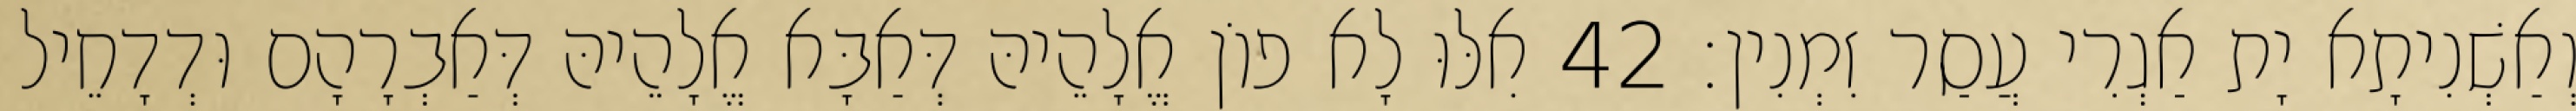
וְאַשְׁנִיתָא יָת אַגְרִי עֲסַר זִמְנִין׃ 42 אִלּוּ לָא פוֹן אֱלָהֵיהּ דְּאַבָּא אֱלָהֵיהּ דְּאַבְרָהָם וּדְדָחֵיל